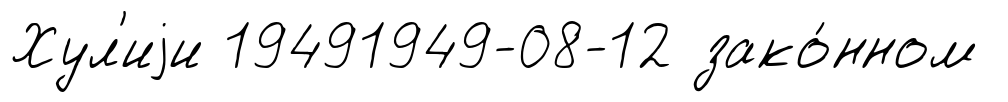
Хул'иjи 19491949-08-12 зако́нном